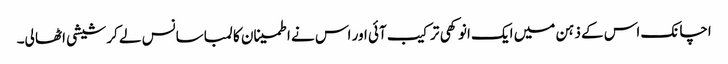
اچانک اس کے ذہن میں ایک انوکھی ترکیب آئی اور اس نے اطمینان کا لمبا سانس لے کر شیشی اٹھا لی۔